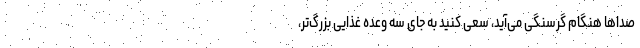
صدا‌ها هنگام گرسنگی می‌آید، سعی کنید به جای سه وعده غذایی بزرگ‌تر،